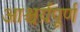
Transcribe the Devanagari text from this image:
आश्चर्य़पूर्ण